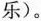
乐)。